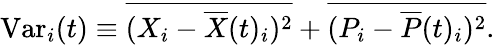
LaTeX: \begin{array}{r}{\mathrm{Var}_{i}(t)\equiv\overline{{({X}_{i}-{\overline{{X}}}(t)_{i})^{2}}}+\overline{{({P}_{i}-{\overline{{P}}}(t)_{i})^{2}}}.}\end{array}